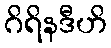
ဂိရိနဒီဟိ